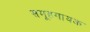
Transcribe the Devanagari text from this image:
समूहगायक